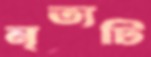
নৃত্যটি